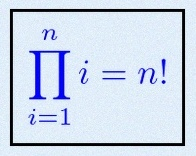
\prod_{i=1}^{n}i=n!